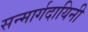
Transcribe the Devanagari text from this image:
सन्मार्गदायिनी